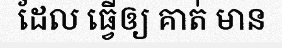
ដែល ធ្វើឲ្យ គាត់ មាន